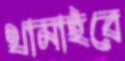
থামাইবে